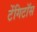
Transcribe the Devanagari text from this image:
टेंगिटॉस